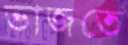
ভাজতে